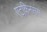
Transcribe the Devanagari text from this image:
एटकिनसंस